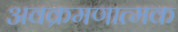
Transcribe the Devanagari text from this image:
अवक्रमणात्मक